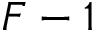
F - 1